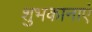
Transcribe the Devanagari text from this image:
शुभकानाएं